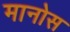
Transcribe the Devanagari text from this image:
मानोस